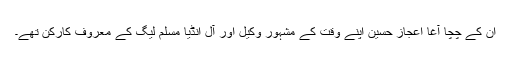
ان کے چچا آغا اعجاز حسین اپنے وقت کے مشہور وکیل اور آل انڈیا مسلم لیگ کے معروف کارکن تھے۔